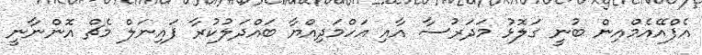
އެފްއޭއެމްއިން ބުނީ ގަލޮޅު މަދަރުސާ އާއި އަހްމަދިއްޔާ ބައްދަލުކުރާ ފައިނަލް މެޗް އޮންނާނީ